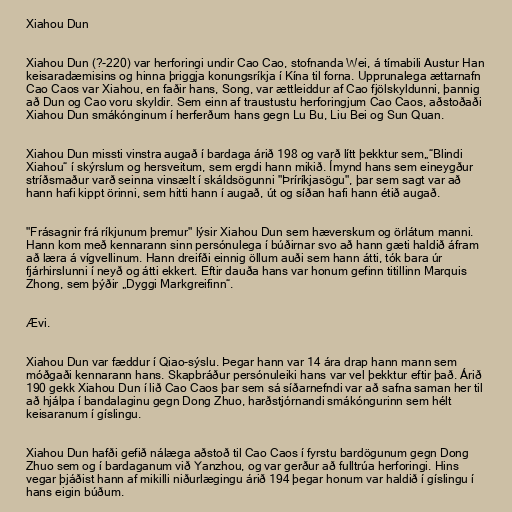
Xiahou Dun

Xiahou Dun (?-220) var herforingi undir Cao Cao, stofnanda Wei, á tímabili Austur Han
keisaradæmisins og hinna þriggja konungsríkja í Kína til forna. Upprunalega ættarnafn
Cao Caos var Xiahou, en faðir hans, Song, var ættleiddur af Cao fjölskyldunni, þannig
að Dun og Cao voru skyldir. Sem einn af traustustu herforingjum Cao Caos, aðstoðaði
Xiahou Dun smákónginum í herferðum hans gegn Lu Bu, Liu Bei og Sun Quan.

Xiahou Dun missti vinstra augað í bardaga árið 198 og varð lítt þekktur sem„“Blindi
Xiahou“ í skýrslum og hersveitum, sem ergdi hann mikið. Ímynd hans sem eineygður
stríðsmaður varð seinna vinsælt í skáldsögunni "Þríríkjasögu", þar sem sagt var að
hann hafi kippt örinni, sem hitti hann í augað, út og síðan hafi hann étið augað.

"Frásagnir frá ríkjunum þremur" lýsir Xiahou Dun sem hæverskum og örlátum manni.
Hann kom með kennarann sinn persónulega í búðirnar svo að hann gæti haldið áfram
að læra á vígvellinum. Hann dreifði einnig öllum auði sem hann átti, tók bara úr
fjárhirslunni í neyð og átti ekkert. Eftir dauða hans var honum gefinn titillinn Marquis
Zhong, sem þýðir „Dyggi Markgreifinn“.

Ævi.

Xiahou Dun var fæddur í Qiao-sýslu. Þegar hann var 14 ára drap hann mann sem
móðgaði kennarann hans. Skapbráður persónuleiki hans var vel þekktur eftir það. Árið
190 gekk Xiahou Dun í lið Cao Caos þar sem sá síðarnefndi var að safna saman her til
að hjálpa í bandalaginu gegn Dong Zhuo, harðstjórnandi smákóngurinn sem hélt
keisaranum í gíslingu.

Xiahou Dun hafði gefið nálæga aðstoð til Cao Caos í fyrstu bardögunum gegn Dong
Zhuo sem og í bardaganum við Yanzhou, og var gerður að fulltrúa herforingi. Hins
vegar þjáðist hann af mikilli niðurlægingu árið 194 þegar honum var haldið í gíslingu í
hans eigin búðum.